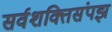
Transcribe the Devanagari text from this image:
सर्वशक्तिसंपझ